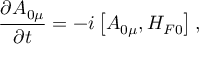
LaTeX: \frac { \partial A _ { 0 \mu } } { \partial t } = - i \left[ A _ { 0 \mu } , H _ { F 0 } \right] ,